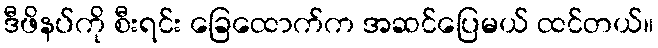
ဒီဖိနပ်ကို စီးရင်း ခြေထောက်က အဆင်ပြေမယ် ထင်တယ်။